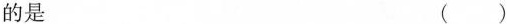
的是 ( )